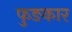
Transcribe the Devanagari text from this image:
फुङकार